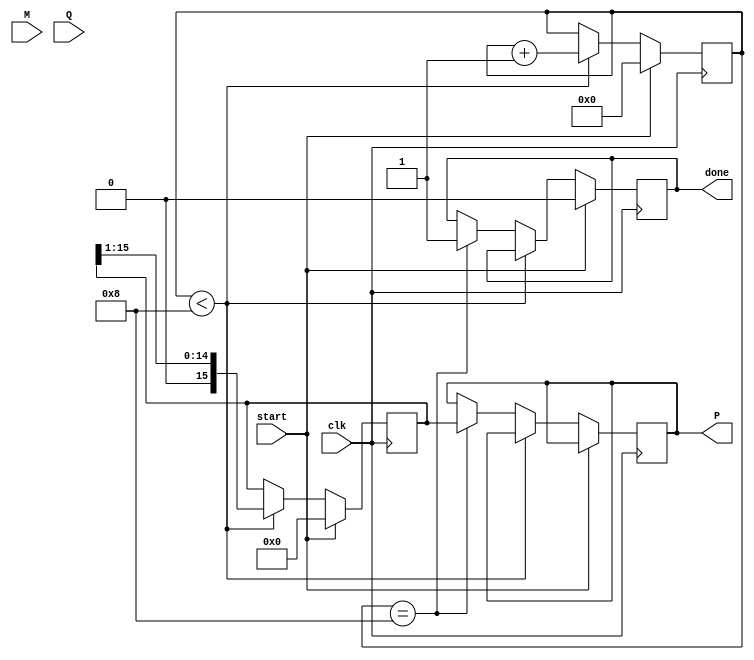
module modified_booth_multiplier #(
    parameter N = 8 // Bit width for multiplicand and multiplier
)(
    input wire clk,
    input wire start,
    input wire signed [N-1:0] M, // Multiplicand
    input wire signed [N-1:0] Q, // Multiplier
    output reg signed [2*N-1:0] P, // Product
    output reg done // Indicates completion of multiplication
);

    reg signed [N-1:0] multiplicand;
    reg signed [N:0] multiplier; // Extended to N+1 bits for Booth's algorithm
    reg [N:0] count; // Counter for iterations
    reg [2*N-1:0] product; // Product register

    always @(posedge clk) begin
        if (start) begin
            // Initialize registers
            multiplicand <= M;
            multiplier <= {1'b0, Q}; // Append 0 to the least significant bit
            product <= 0;
            count <= 0;
            done <= 0;
        end else if (count < N) begin
            // Booth's algorithm processing
            case ({multiplier[1:0]}) // Look at the two least significant bits
                2'b00: begin
                    // Do nothing
                end
                2'b01: begin
                    // Add multiplicand to product
                    product <= product + {multiplicand, N'b0}; // Shift multiplicand left
                end
                2'b10: begin
                    // Subtract multiplicand from product
                    product <= product - {multiplicand, N'b0}; // Shift multiplicand left
                end
                2'b11: begin
                    // Do nothing
                end
            endcase
            
            // Shift right product and multiplier
            product <= product >> 1; // Shift product right
            multiplier <= {product[0], multiplier[N:1]}; // Shift multiplier right, LSB is reused
            
            // Increment count
            count <= count + 1;
        end else if (count == N) begin
            // Multiplication complete
            P <= product; // Store final product
            done <= 1; // Signal that multiplication is done
        end
    end

endmodule